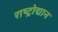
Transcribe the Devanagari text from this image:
राष्ट्रोद्यान